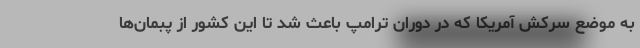
به موضع سرکش آمریکا که در دوران ترامپ باعث شد تا این کشور از پبمان‌ها